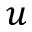
u